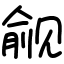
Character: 觎